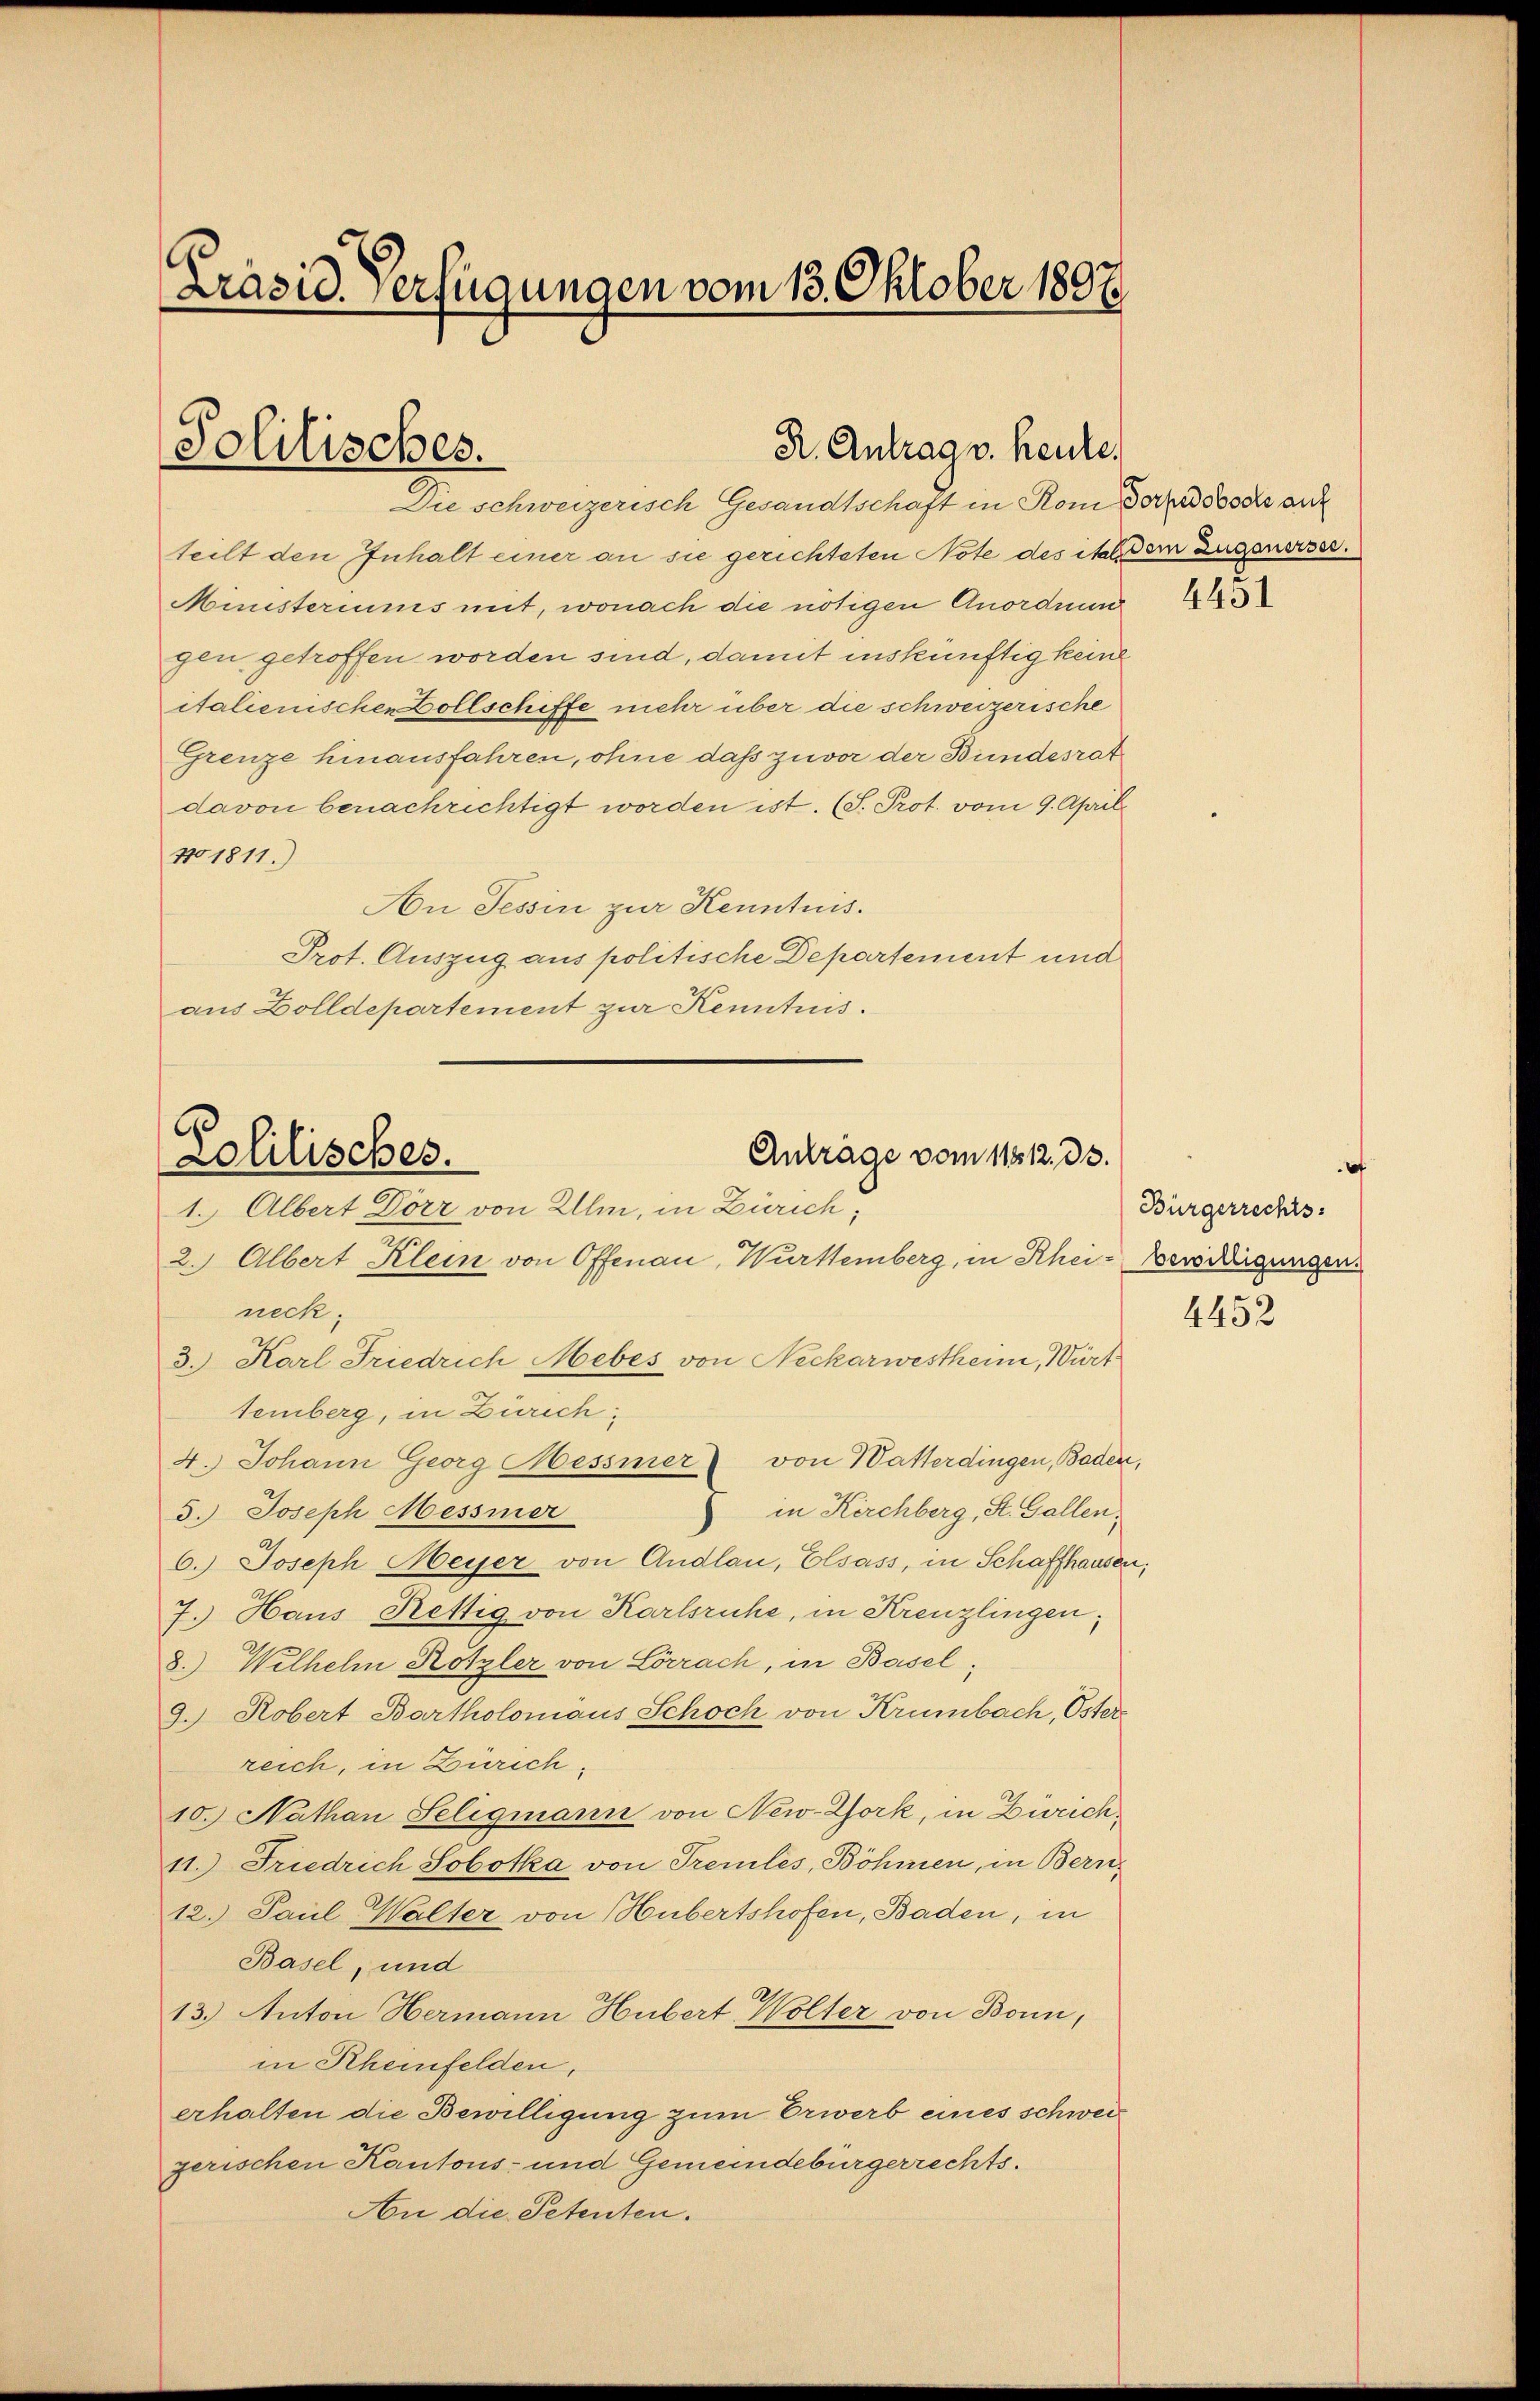
Präsid. Verfügungen vom 13. Oktober 1807.

R. Antrag v. heute.
Solitisches.
Die schweizerisch Gesandtschaft in Rom der doch auf

teilt den Inhalt einer an sie gerichteten Note des ital dem Zugenerser.
Munsteriums mit, wonach die nötigen Anordnun
gen getroffen worden sind, damit inskünftig keine
italienischen Dollschiffe mehr über die schweizerische
Grenze hinausfahren, ohne daß zuvor der Bundesrat
davon benachrichtigt worden ist. (S. Prot. vom 9. April
No 1811.)
An Tessin zur Kenntnis.
Prot. Auszug aus politische Departement und
aus Zolldepartement zur Kenntnus.

Anträge vom 11812. 33.
Lolilisches.
1. Albert Dörr von Ulm, in Zürich,

2. Albert Klein von Offenau, Württemberg, in Rhei- Bewilligungen
neck.
3. Karl Friedrich Mebes von Neckarwestheim, Württemberg, in Zürich;
4.) Johann Georg Messier von Watterdingen, Baden,
in Kirchberg, St. Gallen,
3.) Joseph Messier
6.) Joseph Meyer von Andlan, Elsass, in Schaffhausen,
7. Haus Rettig von Karlsruhe, in Kreuzlingen;
8.) Wilhelm Hotzler von Lörrach, in Basel;
9. Robert Bartholomäus Schoch von Krümbach, Oster
reich, in Zürich¬
10. Nathan Seligmann von New-York, in Zürich¬
11.) Friedrich Sobotka von Tremlés, Böhmen, in Beru¬
12. Paul Walter von Hubertshofen, Baden, in
Basel, und
13.) Anton Hermann Hubert Wolter von Bonn,
in Rheinfelden,
erhalten die Bewilligung zum Erwerb eines schwergerischen Kantons- und Gemeindebürgerrechts.
An die Petenten.

4451

t
Bürgerrechts:
4452